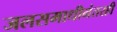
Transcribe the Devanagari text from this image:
जलसमाधीनंतरही